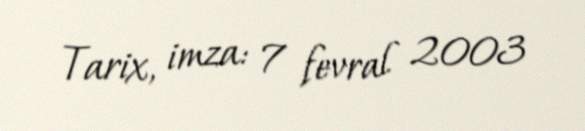
Tarix, imza: 7 fevral 2003